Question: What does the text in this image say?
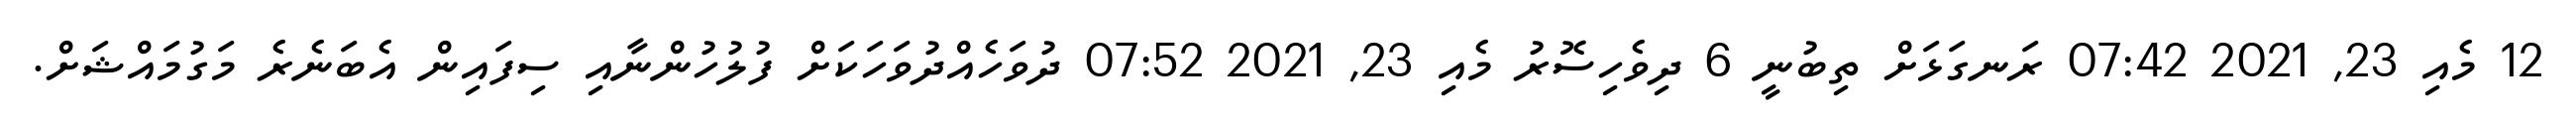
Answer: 12 މެއި 23, 2021 07:42 ރަނގަޅަށް ތިބުނީ 6 ދިވެހިސޮރު މެއި 23, 2021 07:52 ދުވަހެއްދުވަހަކަށް ފުލުހުންނާއި ސިފައިން އެބަނެރެ މަގުމައްޝަށް.